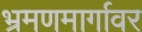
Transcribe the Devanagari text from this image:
भ्रमणमार्गावर